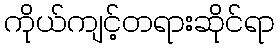
ကိုယ်ကျင့်တရားဆိုင်ရာ